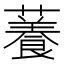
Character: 𧁙